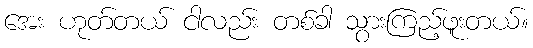
အေး ဟုတ်တယ် ငါလည်း တစ်ခါ သွားကြည့်ဖူးတယ်။